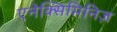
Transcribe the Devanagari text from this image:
एनेक्सिमिनिज़